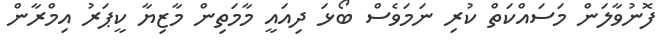
ފޮނުވާލަން މަސައްކަތް ކުރި ނަމަވެސް ބޯޅަ ދިއައީ މާމަތިން މާޒިޔާ ކީޕަރު އިމްރާން